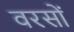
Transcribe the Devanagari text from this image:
वरसों